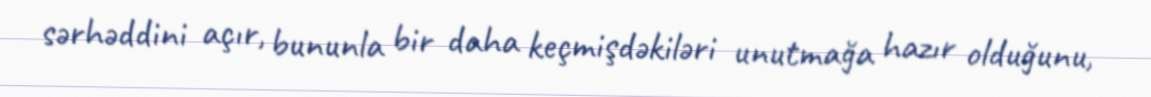
sərhəddini açır, bununla bir daha keçmişdəkiləri unutmağa hazır olduğunu,